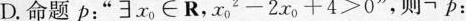
D.命题p：”$$∃x_{0}\pi R$$，$$x_{0}^{2}-2x_{0}+4>0$$”，则\neg p：